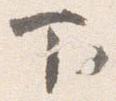
下